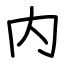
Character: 内